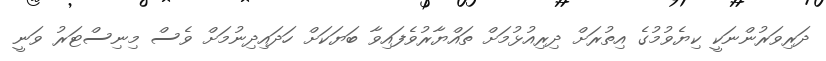
ދަރިވަރުންނަކީ ކިޔެވުމުގެ އިތުރަށް ދިރިއުޅުމަށް ތައްޔާރުވެފައިވާ ބަޔަކަށް ހަދައިދިނުމަށް ވެސް މިނިސްޓަރު ވަނީ